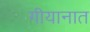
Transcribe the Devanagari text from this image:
गीयानात